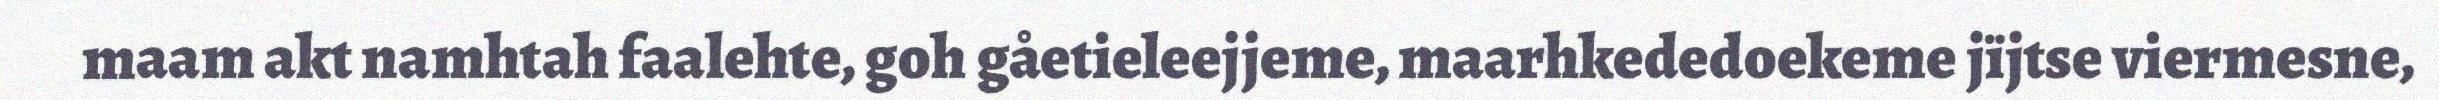
maam akt namhtah faalehte, goh gåetieleejjeme, maarhkededoekeme jïjtse viermesne,